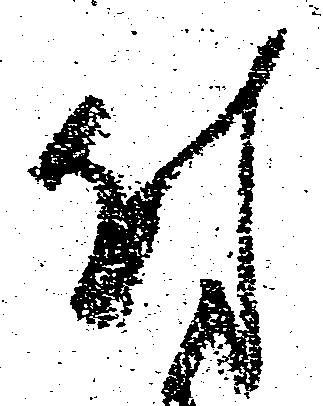
付